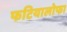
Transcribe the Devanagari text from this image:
फटियालोफा